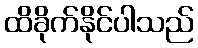
ထိခိုက်နိုင်ပါသည်